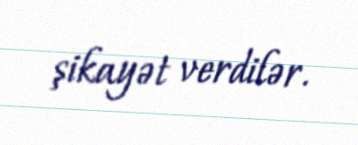
şikayət verdilər.